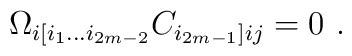
\Omega_{i[i_1\dots i_{2m-2}}C_{i_{2m-1}]ij}=0\ .